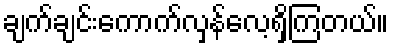
ချက်ချင်းကောက်လှန်လေ့ရှိကြတယ်။